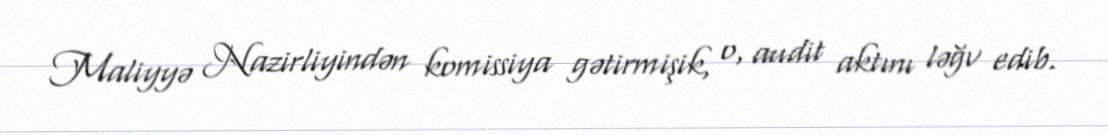
Maliyyə Nazirliyindən komissiya gətirmişik, o, audit aktını ləğv edib.